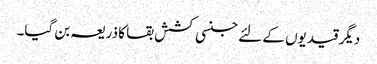
دیگر قیدیوں کے لئے جنسی کشش بقا کا ذریعہ بن گیا۔